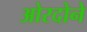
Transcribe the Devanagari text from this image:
ओरदोने